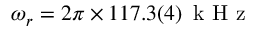
\omega _ { r } = 2 \pi \times 1 1 7 . 3 ( 4 ) \, \mathrm { ~ k ~ H ~ z ~ }